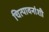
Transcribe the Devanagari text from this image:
चित्पावनांशी